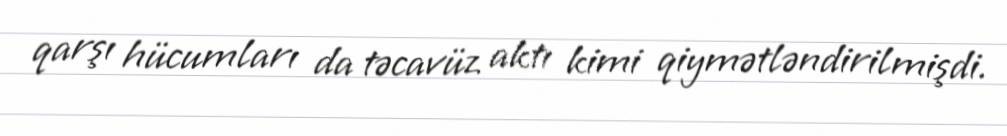
qarşı hücumları da təcavüz aktı kimi qiymətləndirilmişdi.